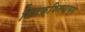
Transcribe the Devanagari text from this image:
विवक्षितवाच्य